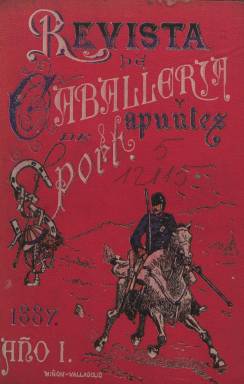
Título: Revista de caballería y apuntes de sport
Colección: Fuerzas armadas
Ámbito geográfico: Valladolid
Lugar de publicación: Valladolid
Fechas: 01/07/1887-01/12/1887

Publicación mensual de carácter profesional y militar dedicada íntegramente a la Caballería, cuya academia en España había quedado instalada en Valladolid en 1852. Es un proyecto periodístico de un grupo de oficiales de este cuerpo del Ejército español, que contó con el apoyo de sus jefes y de miembros de otras armas –tal como se señala en su artículo de presentación- en un momento en el que en España no se editaba ningún periódico o revista especializada en lo peculiar de esta materia. También resalta de ella –hecho que añade a su título a través de un anglicismo que seguiría siendo usado hasta bien entrado el siglo veinte- el que dedicara atención a los deportes, con su correspondiente sección, pero, concretamente a las carreras ecuestres –aunque también publica un texto sobre cetrería en Marruecos-, y, muy especialmente, a las razas de los equinos.

La colección de la Biblioteca Nacional de España está formada por un tomo que recoge sus seis primeros números, de 24 páginas cada uno, con foliación continua y un total de 148, compuestas a una columna, y sin ninguna ilustración. Fueron estampados en el establecimiento tipográfico y de encuadernación vallisoletano de Leonardo Miñón, desde julio a diciembre de 1887, y el tomo lleva una cubierta en pasta dura impresa en color. Al parecer, pudo estar editándose hasta junio 1889.

En su historia de la prensa vallisoletana del siglo XIX (1977), Celso Almuiña se refiere al interés de esta publicación, como intercambio de conocimientos a través de estudios por parte de miembros de este cuerpo militar, con textos sobre ideas generales de caballería, sus mandos, sus baterías y organización o el arte de la guerra. También incluye una sección de Crónica extranjera, con resúmenes extraídos de otras publicaciones europeas y americanas de la misma naturaleza. Cada entrega comienza con un sumario, y al final de la última, incluye un índice general.

Entre sus redactores o colaboradores más asiduos se encuentran los capitanes Federico Arnáiz Hinojosa y Juan Valdés, el brigadier Luis L. Cordón, los tenientes coroneles Leandro Mariscal y Román L. Navarro y el coronel Enrique Contreras, entre otros. Almuiña señala como director a Roselló, sin especificar más, aunque podría tratarse de don Joaquín Roselló Curto (1854-1931), que en 1884 había sido destinado como profesor al Escuadrón Escuela de Equitación; desde 1887 será profesor de la Academia de Caballería y, desde 1910, su director.